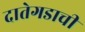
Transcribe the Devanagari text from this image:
दातेगडाची